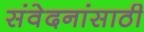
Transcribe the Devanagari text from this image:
संवेदनांसाठी